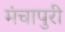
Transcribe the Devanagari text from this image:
मंचापुरी